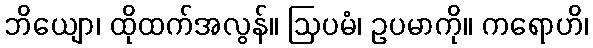
ဘိယျော၊ ထိုထက်အလွန်။ ဩပမံ၊ ဥပမာကို။ ကရောဟိ၊